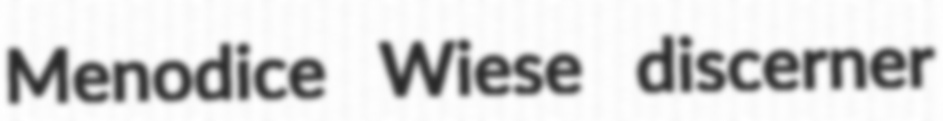
Menodice Wiese discerner